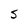
Character: S